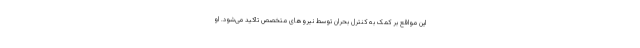
این مواقع بر کمک به کنترل بحران توسط نیروهای متخصص تاکید می‌شود. او